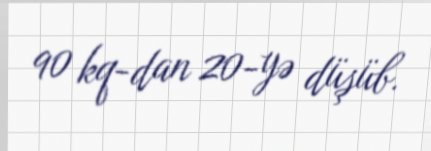
90 kq-dan 20-yə düşüb.